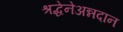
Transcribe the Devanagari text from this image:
श्रद्धेनेअन्नदान